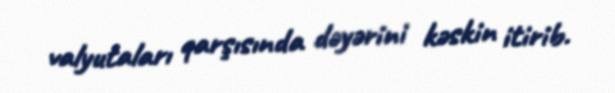
valyutaları qarşısında dəyərini kəskin itirib.